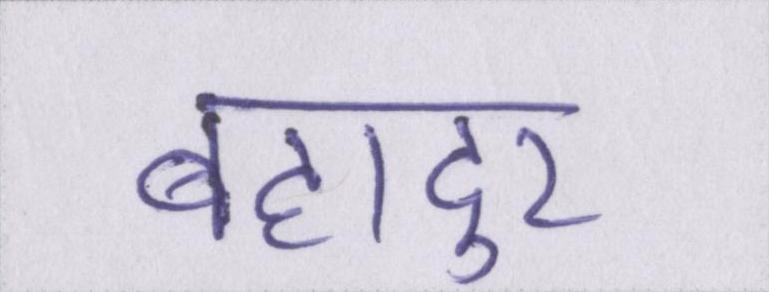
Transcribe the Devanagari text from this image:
बहादुर